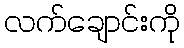
လက်ချောင်းကို